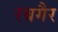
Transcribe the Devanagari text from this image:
रबगैर